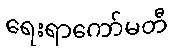
ရေးရာကော်မတီ